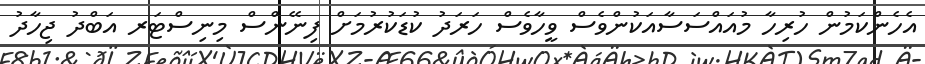
އެހެންކަމުން ހުރިހާ މުއައްސަސާއަކުންވެސް ވީހާވެސް ހަރަދު ކުޑަކުރުމަށް ފިނޭންސް މިނިސްޓަރ އަބްދު ޖިހާދު